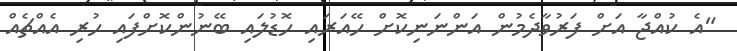
"އެ ކުއްޖާ އަށް ފަރުވާދެމުން އަންނަނިކޮށް ހޭއަރައި ހޮޑުލައި ބޭނުންކޮށްފައި ހުރި އެއްޗެއް